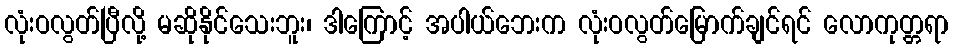
လုံးဝလွတ်ပြီလို့ မဆိုနိုင်သေးဘူး၊ ဒါကြောင့် အပါယ်ဘေးက လုံးဝလွတ်မြောက်ချင်ရင် လောကုတ္တရာ